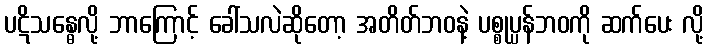
ပဋိသန္ဓေလို့ ဘာကြောင့် ခေါ်သလဲဆိုတော့ အတိတ်ဘဝနဲ့ ပစ္စုပ္ပန်ဘဝကို ဆက်ပေး လို့